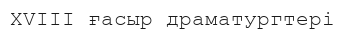
XVIII ғасыр драматургтері